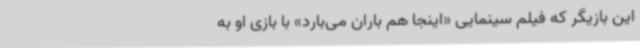
این بازیگر که فیلم سینمایی «اینجا هم باران می‌بارد» با بازی او به